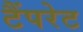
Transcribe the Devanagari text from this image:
टैंपरेट